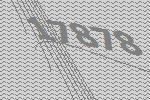
17878